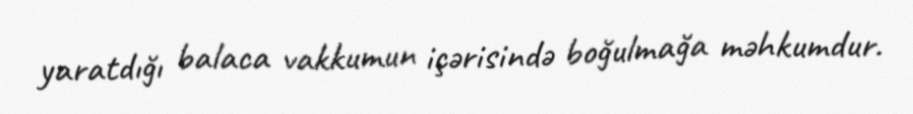
yaratdığı balaca vakkumun içərisində boğulmağa məhkumdur.